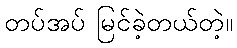
တပ်အပ် မြင်ခဲ့တယ်တဲ့။